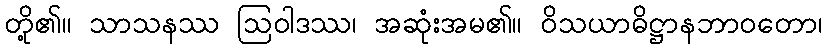
တို့၏။ သာသနဿ ဩဝါဒဿ၊ အဆုံးအမ၏။ ဝိသယာဓိဋ္ဌာနဘာဝတော၊